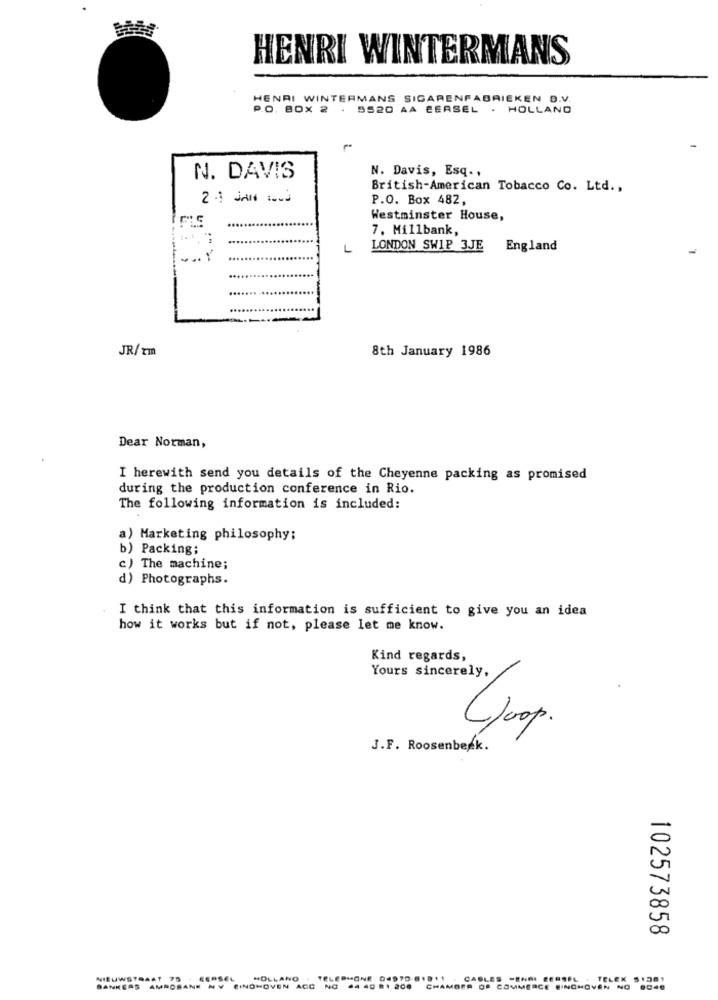
HENRI WINTERMANS
HENRI WINTERMANS SIGARENFABRIEKEN D.V.
P.O. BOX 2 . 5520 AA EERSEL . HOLLAND
N. Davis, Esq .,
N. DAVIS
British-American Tobacco Co. Ltd .,
2 1 JAN IS
P.O. Box 482,
Westminster House,
7. Millbank,
L
LONDON SWIP 3JE England
... .
JR/ xm
8th January 1986
Dear Norman,
I herewith send you details of the Cheyenne packing as promised
during the production conference in Rio.
The following information is included:
a) Marketing philosophy;
b) Packing;
c) The machine;
d) Photographs.
I think that this information is sufficient to give you an idea
how it works but if not, please let me know.
Kind regards,
Yours sincerely,
J.F. Roosenberk.
102573858
NIEUWSTRAAT 75 - EERSEL
HOLLANO . TELEPHONE 04970-81011 . CABLES -ENAI EERSEL . TELEK $1361
BANKEAS AMROBANK NV FINOHOVEN ACC NO 64 40 1 200 CHAMBER OF COMMERCE EINDHOVEN NO 0040